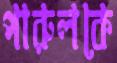
পারুলকে